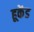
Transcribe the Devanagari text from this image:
हूकेंड